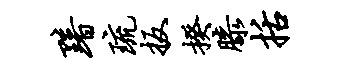
黯琉扳揆膝括